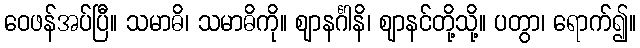
ဝေဖန်အပ်ပြီ။ သမာဓိ၊ သမာဓိကို။ ဈာနင်္ဂါနိ၊ ဈာနင်တို့သို့။ ပတွာ၊ ရောက်၍။